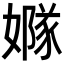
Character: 𡡦